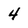
Character: 4